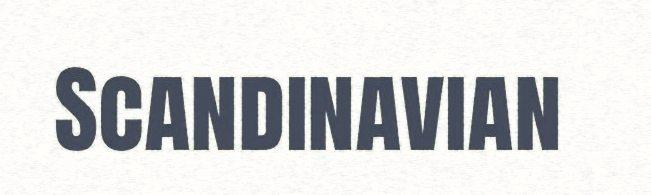
Scandinavian